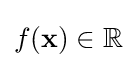
f(\mathbf {x} )\in \mathbb {R}